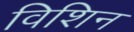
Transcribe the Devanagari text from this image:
विशिन